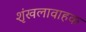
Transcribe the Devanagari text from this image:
शृंखलावाहक